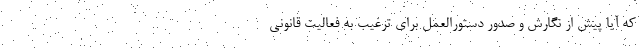
که آیا پیش از نگارش و صدور دستورالعمل برای ترغیب به فعالیت قانونی